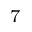
^ { 7 }